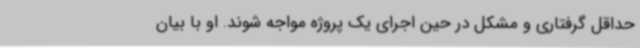
حداقل گرفتاری و مشکل در حین اجرای یک پروژه مواجه شوند. او با بیان